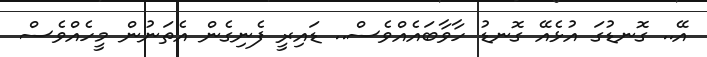
އޭ.. ގޮނޑުގަ އުޅެއޭ ގޮނޑު ހާވާބައެއްވެސް.. ޑައިރީ ފެނިގެން އެތަނުން މީހެއްވެސް